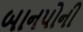
બાનપોની